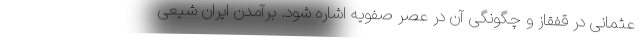
عثمانی در قفقاز و چگونگی آن در عصر صفویه اشاره شود. برآمدن ایران شیعی